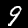
Digit: 9